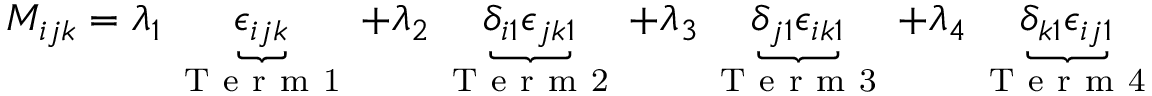
M _ { i j k } = \lambda _ { 1 } \underbrace { \epsilon _ { i j k } } _ { \mathrm { ~ T ~ e ~ r ~ m ~ 1 ~ } } + \lambda _ { 2 } \underbrace { \delta _ { i 1 } \epsilon _ { j k 1 } } _ { \mathrm { ~ T ~ e ~ r ~ m ~ 2 ~ } } + \lambda _ { 3 } \underbrace { \delta _ { j 1 } \epsilon _ { i k 1 } } _ { \mathrm { ~ T ~ e ~ r ~ m ~ 3 ~ } } + \lambda _ { 4 } \underbrace { \delta _ { k 1 } \epsilon _ { i j 1 } } _ { \mathrm { ~ T ~ e ~ r ~ m ~ 4 ~ } }